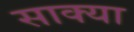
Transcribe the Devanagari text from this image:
साक्या